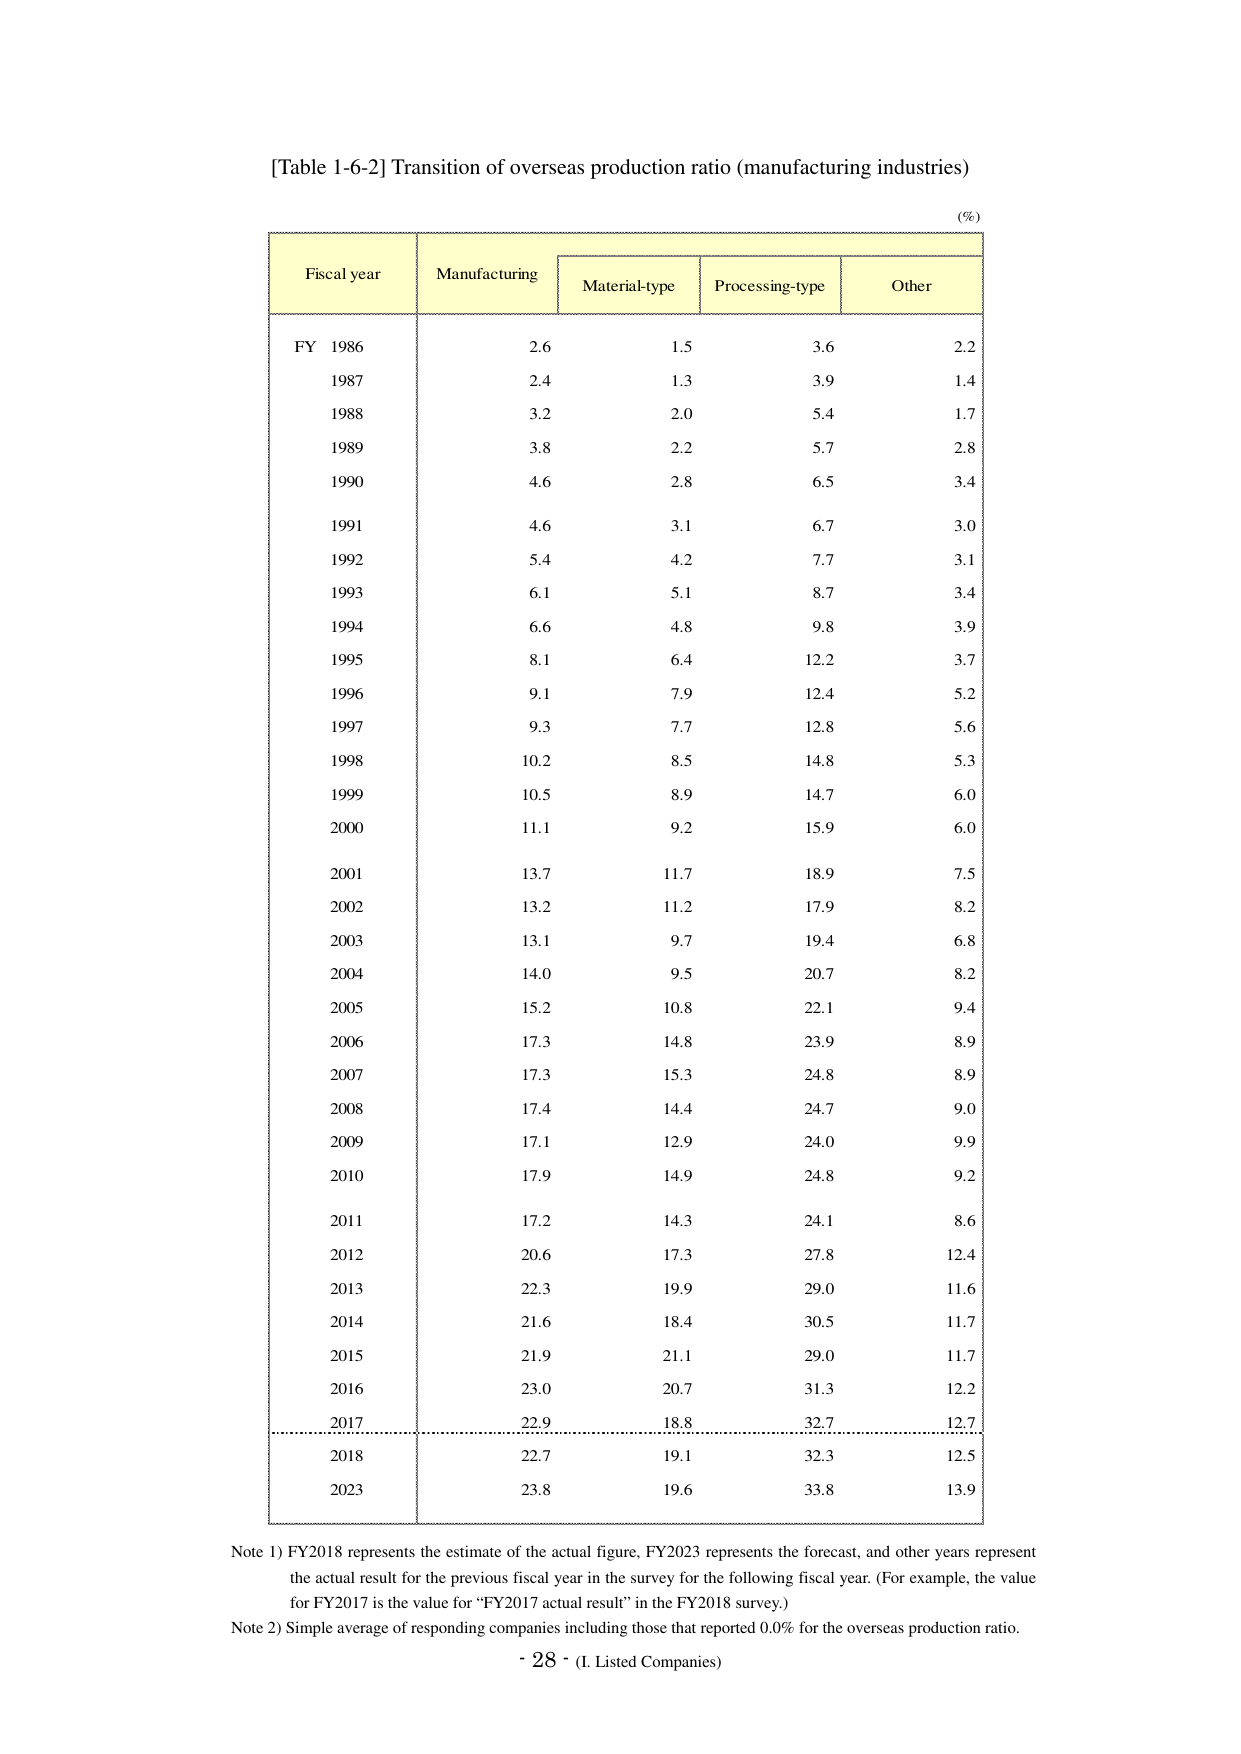
[Table 1-6-2] Transition of overseas production ratio (manufacturing industries)

(%)

Fiscal year    Manufacturing    Material-type    Processing-type    Other
FY 1986        2.6              1.5              3.6              2.2
1987           2.4              1.3              3.9              1.4
1988           3.2              2.0              5.4              1.7
1989           3.8              2.2              5.7              2.8
1990           4.6              2.8              6.5              3.4
1991           4.6              3.1              6.7              3.0
1992           5.4              4.2              7.7              3.1
1993           6.1              5.1              8.7              3.4
1994           6.6              4.8              9.8              3.9
1995           8.1              6.4              12.2             3.7
1996           9.1              7.9              12.4             5.2
1997           9.3              7.7              12.8             5.6
1998           10.2             8.5              14.8             5.3
1999           10.5             8.9              14.7             6.0
2000           11.1             9.2              15.9             6.0
2001           13.7             11.7             18.9             7.5
2002           13.2             11.2             17.9             8.2
2003           13.1             9.7              19.4             6.8
2004           14.0             9.5              20.7             8.2
2005           15.2             10.8             22.1             9.4
2006           17.3             14.8             23.9             8.9
2007           17.3             15.3             24.8             8.9
2008           17.4             14.4             24.7             9.0
2009           17.1             12.9             24.0             9.9
2010           17.9             14.9             24.8             9.2
2011           17.2             14.3             24.1             8.6
2012           20.6             17.3             27.8             12.4
2013           22.3             19.9             29.0             11.6
2014           21.6             18.4             30.5             11.7
2015           21.9             21.1             29.0             11.7
2016           23.0             20.7             31.3             12.2
2017           22.9             18.8             32.7             12.7
2018           22.7             19.1             32.3             12.5
2023           23.8             19.6             33.8             13.9

Note 1) FY2018 represents the estimate of the actual figure, FY2023 represents the forecast, and other years represent the actual result for the previous fiscal year in the survey for the following fiscal year. (For example, the value for FY2017 is the value for “FY2017 actual result” in the FY2018 survey.)
Note 2) Simple average of responding companies including those that reported 0.0% for the overseas production ratio.

- 28 - (I. Listed Companies)